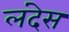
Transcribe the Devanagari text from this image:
लंदेस